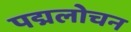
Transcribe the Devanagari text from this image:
पद्मलोचन